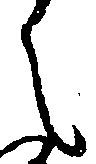
言